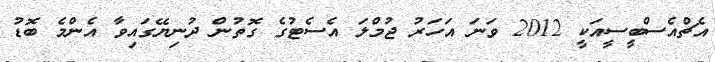
އެޗްއެސްބީސީއަކީ 2012 ވަނަ އަހަރު ޖުމްލަ އެސެޓުގެ ގޮތުން ދުނިޔޭގައިވާ އެންމެ ބޮޑު